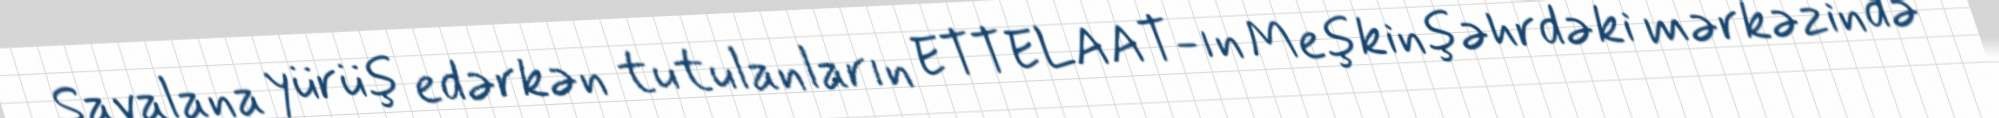
Savalana yürüş edərkən tutulanların ETTELAAT-ın Meşkinşəhrdəki mərkəzində